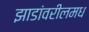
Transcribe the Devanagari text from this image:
झाडांवरीलमध